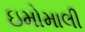
ઇમોમાલી